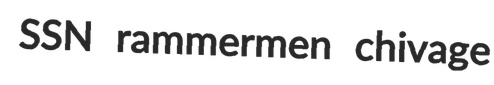
SSN rammermen chivage